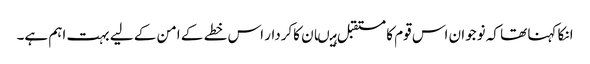
انکا کہنا تھا کہ نوجوان اس قوم کا مستقبل ہیںان کاکردار اس خطے کے امن کے لیے بہت اہم ہے۔